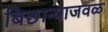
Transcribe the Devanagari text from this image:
बिछान्याजवळ